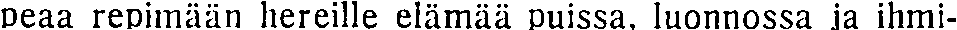
peaa repimään hereille elämää puissa, luonnossa ja ihmi-